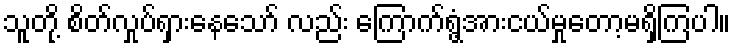
သူတို့ စိတ်လှုပ်ရှားနေသော် လည်း ကြောက်ရွံ့အားငယ်မှုတော့မရှိကြပါ။